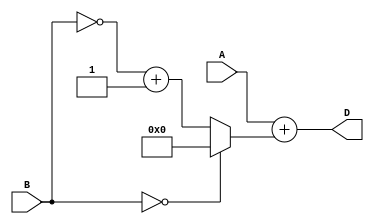
module comb_subtractor (
  input [3:0] A, //input binary number A
  input [3:0] B, //input binary number B
  output reg [3:0] D //output difference D=A-B
);

//Intermediate variables
reg [3:0] A_inv;
reg [3:0] B_inv;
reg [3:0] B_plus_one;
reg [3:0] neg_B;
reg [3:0] sum;
reg [3:0] final_sum;
reg [3:0] borrow;
reg [3:0] sign;

//Invert B
assign B_inv = ~B;

//Add 1 to B_inverted
always @* begin
  B_plus_one = B_inv + 4'b0001;
end

//Calculate two's complement of B
always @* begin
  if (B == 4'b0000) begin
    neg_B = 4'b0000;
  end else begin
    neg_B = B_plus_one;
  end
end

//Generate intermediate values for subtraction
always @* begin
  A_inv = ~A;
  sum = A + neg_B;
end

//Calculate final sum and borrow
always @* begin
  final_sum = sum[3:0];
  borrow[3] = sum[4];
end

//Assign final output
always @* begin
  D = final_sum;
end

endmodule